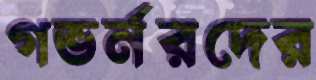
গভর্নরদের